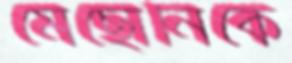
মেছোনিকে